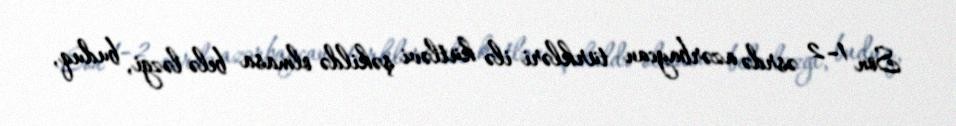
Son 1–2 əsrdə azərbaycan türkləri ilə kütləvi şəkildə olmasa belə ləzgi, buduq,